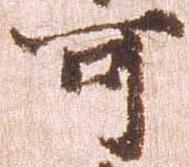
可